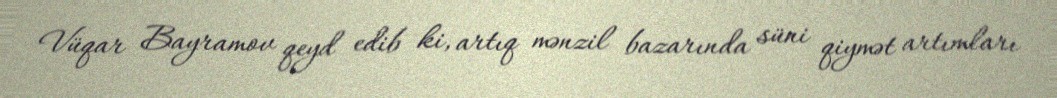
Vüqar Bayramov qeyd edib ki, artıq mənzil bazarında süni qiymət artımları